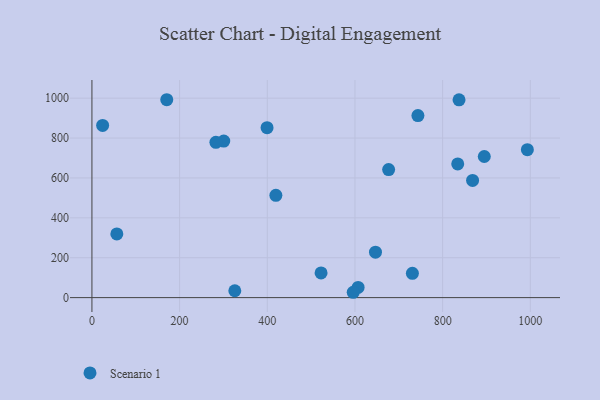
{"axis": {"x": "Speed", "y": "Rating"}, "legend": ["Scenario 1"], "data": [{"x": "837.4", "y": 991.7, "type": "Scenario 1"}, {"x": "868.3", "y": 587.7, "type": "Scenario 1"}, {"x": "399.5", "y": 852.3, "type": "Scenario 1"}, {"x": "170.7", "y": 992.2, "type": "Scenario 1"}, {"x": "895.0", "y": 707.6, "type": "Scenario 1"}, {"x": "743.6", "y": 912.9, "type": "Scenario 1"}, {"x": "24.4", "y": 863.2, "type": "Scenario 1"}, {"x": "419.6", "y": 512.7, "type": "Scenario 1"}, {"x": "676.8", "y": 642.2, "type": "Scenario 1"}, {"x": "325.9", "y": 34.4, "type": "Scenario 1"}, {"x": "56.8", "y": 319.2, "type": "Scenario 1"}, {"x": "300.7", "y": 784.9, "type": "Scenario 1"}, {"x": "607.2", "y": 51.1, "type": "Scenario 1"}, {"x": "993.3", "y": 741.6, "type": "Scenario 1"}, {"x": "646.8", "y": 227.8, "type": "Scenario 1"}, {"x": "731.0", "y": 122.0, "type": "Scenario 1"}, {"x": "834.4", "y": 670.5, "type": "Scenario 1"}, {"x": "596.0", "y": 26.8, "type": "Scenario 1"}, {"x": "522.7", "y": 123.8, "type": "Scenario 1"}, {"x": "282.8", "y": 778.7, "type": "Scenario 1"}]}